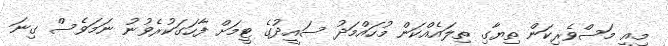
މިއީ މަސްވެރިކަން ތިޔާގި ތިލައެއްކަން މުހައްމަދު ސައީދުގެ ޓީމަށް ފާހަގަކުރެވުނު ނަމަވެސް ގިނަ